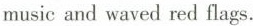
music and waved red flags.